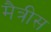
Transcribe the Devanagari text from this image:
मैत्रीस